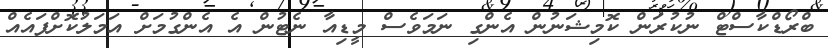
ބްރޯޑްކާސްޓް ނުކުރަން ކޮމިޝަނުން އެންގި ނަމަވެސް މީޑިއާ ނެޓުން އެ އެންގުމަށް އަމަލުކޮށްފައެއް